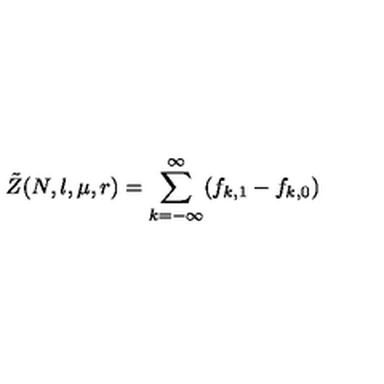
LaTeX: \tilde { Z } ( N , l , \mu , r ) = \sum _ { k = - \infty } ^ { \infty } ( f _ { k , 1 } - f _ { k , 0 } )